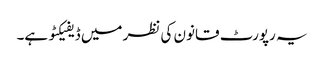
یہ رپورٹ قانون کی نظر میں ڈیفیکٹو ہے۔